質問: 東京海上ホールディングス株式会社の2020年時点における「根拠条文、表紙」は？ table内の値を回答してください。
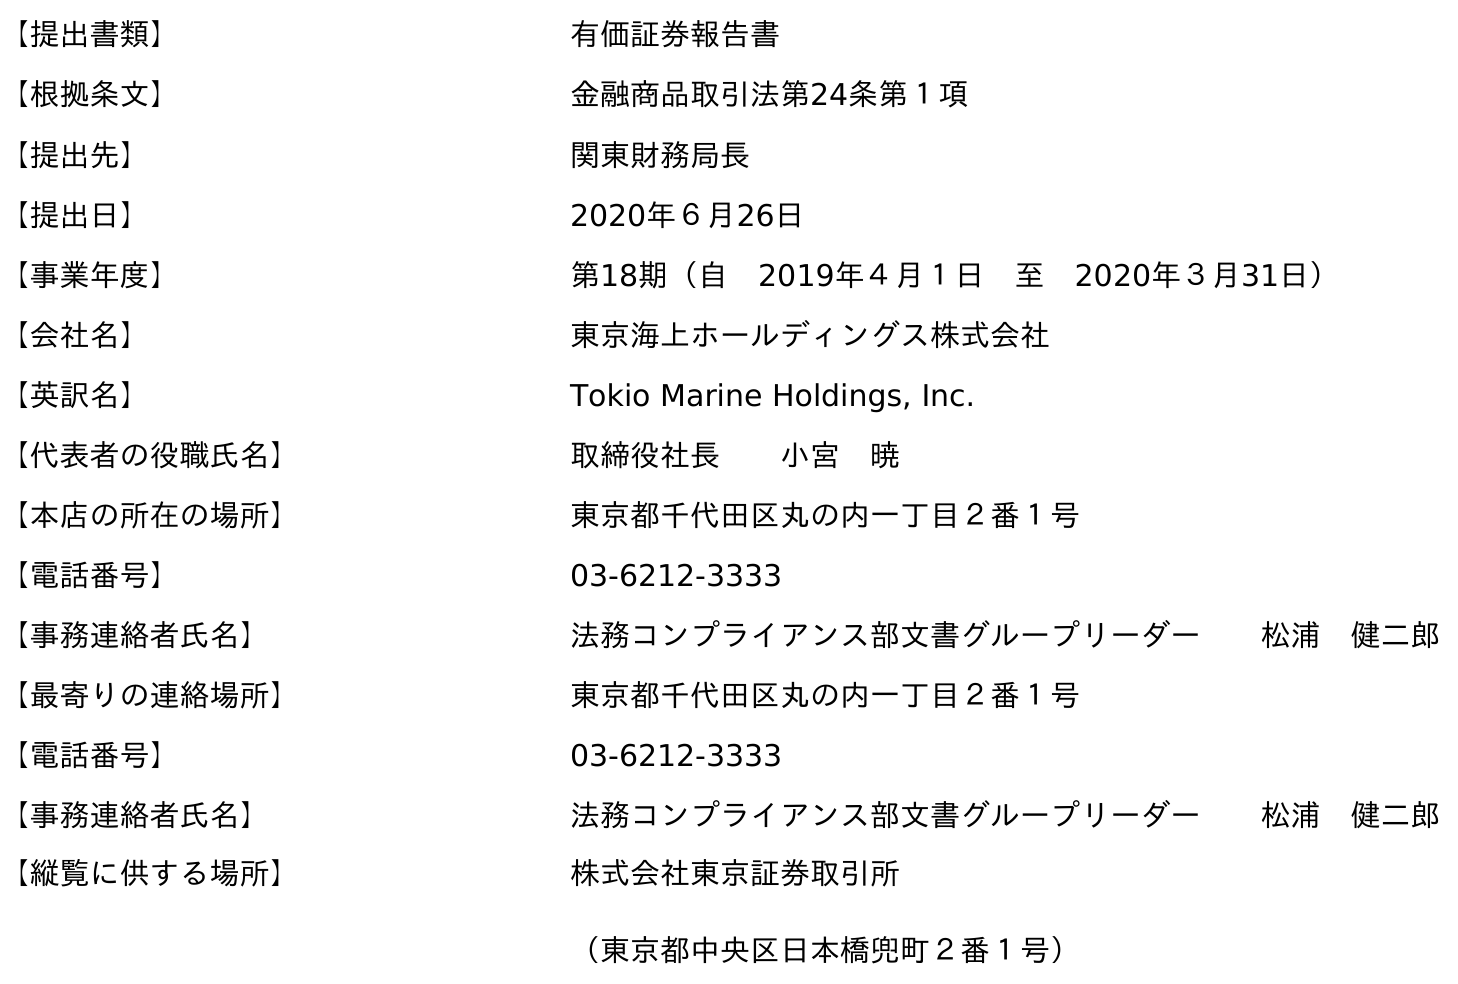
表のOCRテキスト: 【提出書類】 有価証券報告書 【根拠条文】 金融商品取引法第24条第１項 【提出先】 関東財務局長 【提出日】 2020年６月26日 【事業年度】 第18期（自 2019年４月１日 至 2020年３月31日） 【会社名】 東京海上ホールディングス株式会社 【英訳名】 Tokio Marine Holdings, Inc. 【代表者の役職氏名】 取締役社長  小宮 暁 【本店の所在の場所】 東京都千代田区丸の内一丁目２番１号 【電話番号】 03-6212-3333 【事務連絡者氏名】 法務コンプライアンス部文書グループリーダー  松浦 健二郎 【最寄りの連絡場所】 東京都千代田区丸の内一丁目２番１号 【電話番号】 03-6212-3333 【事務連絡者氏名】 法務コンプライアンス部文書グループリーダー  松浦 健二郎 【縦覧に供する場所】 株式会社東京証券取引所 （東京都中央区日本橋兜町２番１号）
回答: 金融商品取引法第24条第１項